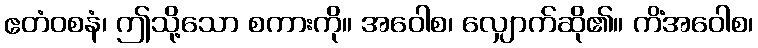
ဧတံဝစနံ၊ ဤသို့သော စကားကို။ အဝေါစ၊ လျှောက်ဆို၏။ ကိံအဝေါစ၊